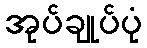
အုပ်ချုပ်ပုံ